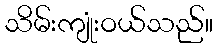
သိမ်းကျုံးဝယ်သည်။